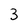
Character: 3